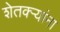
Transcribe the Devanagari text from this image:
शेतक्ऱ्यांना